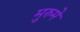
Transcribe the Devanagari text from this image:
मुरुमे